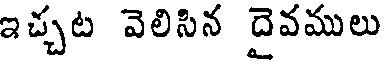
ఇచ్చట వెలిసిన దైవములు